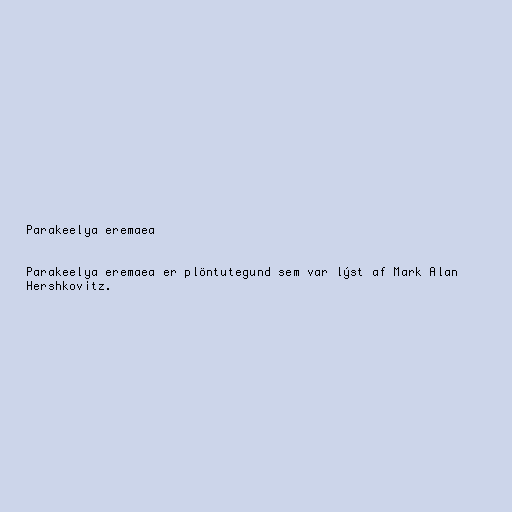
Parakeelya eremaea

Parakeelya eremaea er plöntutegund sem var lýst af Mark Alan
Hershkovitz.